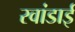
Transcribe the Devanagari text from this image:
रवांडाई